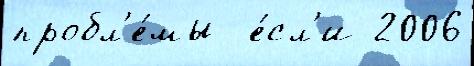
пробл'е́мы  е́сл'и 2006